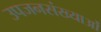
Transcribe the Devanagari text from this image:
उपजनसंख्याओं